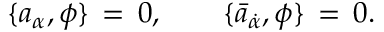
\{ a _ { \alpha } , \phi \} \, = \, 0 , \qquad \{ \bar { a } _ { \dot { \alpha } } , \phi \} \, = \, 0 .